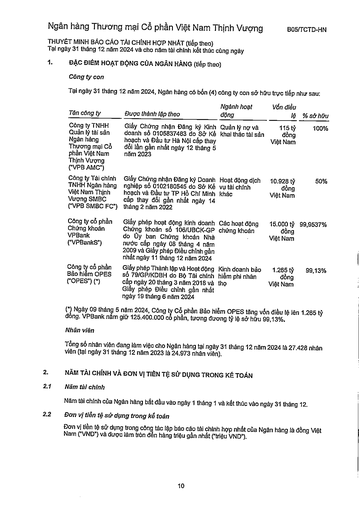
|Tên công ty|Được thành lập theo|Ngành hoạt động|Vốn điều lệ|% sở hữu| |---|---|---|---|---| |Công ty TNHH Quản lý tài sản Ngân hàng Thương mại Cổ phần Việt Nam Thịnh Vượng ("VPB AMC")|Giấy Chứng nhận Đăng ký Kinh doanh số 0105837483 do Sở Kế hoạch và Đầu tư Hà Nội cấp thay đổi lần gần nhất ngày 12 tháng 5 năm 2023|Quản lý nợ và khai thác tài sản|115 tỷ đồng Việt Nam|100%| |Công ty Tài chính TNHH Ngân hàng Việt Nam Thịnh Vượng SMBC ("VPB SMBC FC")|Giấy Chứng nhận Đăng ký Doanh nghiệp số 0102180545 do Sở Kế hoạch và Đầu tư TP Hồ Chí Minh cấp thay đổi gần nhất ngày 14 tháng 2 năm 2022|Hoạt động dịch vụ tài chính khác|10.928 tỷ đồng Việt Nam|50%| |Công ty Cổ phần Chứng khoán VPBank ("VPBankS")|Giấy phép hoạt động kinh doanh Chứng khoán số 106/UBCK-GP do Ủy ban Chứng khoán Nhà nước cấp ngày 08 tháng 4 năm 2009 và Giấy phép Điều chỉnh gần nhất ngày 11 tháng 12 năm 2024|Các hoạt động chứng khoán|15.000 tỷ đồng Việt Nam|99,9537%| |Công ty Cổ phần Bảo hiểm OPES ("OPES") (*)|Giấy phép Thành lập và Hoạt động số 79/GP/KDBH do Bộ Tài chính cấp ngày 20 tháng 3 năm 2018 và Giấy phép Điều chỉnh gần nhất ngày 19 tháng 6 năm 2024|Kinh doanh bảo hiểm phi nhân thọ|1.265 tỷ đồng Việt Nam|99,13%|